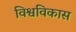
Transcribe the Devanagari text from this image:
विश्वविकास